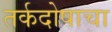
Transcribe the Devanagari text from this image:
तर्कदोषाचा